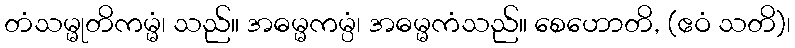
တံသမ္မုတိကမ္မံ၊ သည်။ အဓမ္မကမ္ပံ၊ အဓမ္မကံသည်။ စေဟောတိ, (ဧဝံ သတိ)၊